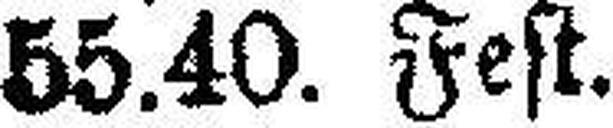
55.40. Fest.